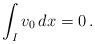
LaTeX: \begin{align*}\int_I v_0\,dx =0\,. \end{align*}